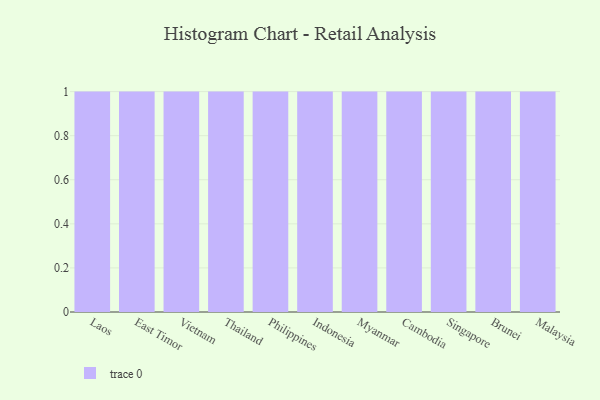
{"axis": {"x": "Country", "y": "Conversion Rate (%)"}, "legend": [""], "data": [{"x": "Laos", "y": 64, "type": ""}, {"x": "East Timor", "y": 55, "type": ""}, {"x": "Vietnam", "y": 77, "type": ""}, {"x": "Thailand", "y": 33, "type": ""}, {"x": "Philippines", "y": 85, "type": ""}, {"x": "Indonesia", "y": 73, "type": ""}, {"x": "Myanmar", "y": 18, "type": ""}, {"x": "Cambodia", "y": 33, "type": ""}, {"x": "Singapore", "y": 50, "type": ""}, {"x": "Brunei", "y": 27, "type": ""}, {"x": "Malaysia", "y": 26, "type": ""}]}